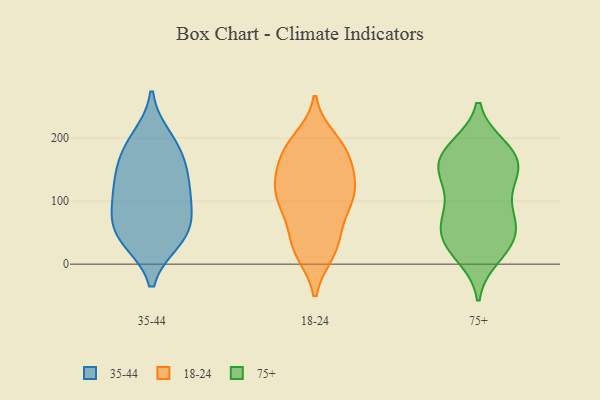
{"axis": {"x": "Churn Rate (%)", "y": "Value"}, "legend": ["18-24", "35-44", "75+"], "data": [{"x": "", "y": 100, "type": "35-44"}, {"x": "", "y": 73, "type": "35-44"}, {"x": "", "y": 144, "type": "35-44"}, {"x": "", "y": 38, "type": "35-44"}, {"x": "", "y": 123, "type": "35-44"}, {"x": "", "y": 171, "type": "35-44"}, {"x": "", "y": 126, "type": "35-44"}, {"x": "", "y": 38, "type": "35-44"}, {"x": "", "y": 48, "type": "35-44"}, {"x": "", "y": 184, "type": "35-44"}, {"x": "", "y": 200, "type": "35-44"}, {"x": "", "y": 74, "type": "35-44"}, {"x": "", "y": 136, "type": "18-24"}, {"x": "", "y": 153, "type": "18-24"}, {"x": "", "y": 183, "type": "18-24"}, {"x": "", "y": 28, "type": "18-24"}, {"x": "", "y": 185, "type": "18-24"}, {"x": "", "y": 60, "type": "18-24"}, {"x": "", "y": 101, "type": "18-24"}, {"x": "", "y": 33, "type": "18-24"}, {"x": "", "y": 95, "type": "18-24"}, {"x": "", "y": 79, "type": "18-24"}, {"x": "", "y": 140, "type": "18-24"}, {"x": "", "y": 18, "type": "18-24"}, {"x": "", "y": 106, "type": "18-24"}, {"x": "", "y": 18, "type": "18-24"}, {"x": "", "y": 198, "type": "18-24"}, {"x": "", "y": 177, "type": "18-24"}, {"x": "", "y": 108, "type": "18-24"}, {"x": "", "y": 185, "type": "18-24"}, {"x": "", "y": 116, "type": "18-24"}, {"x": "", "y": 134, "type": "18-24"}, {"x": "", "y": 165, "type": "75+"}, {"x": "", "y": 27, "type": "75+"}, {"x": "", "y": 183, "type": "75+"}, {"x": "", "y": 145, "type": "75+"}, {"x": "", "y": 72, "type": "75+"}, {"x": "", "y": 31, "type": "75+"}, {"x": "", "y": 79, "type": "75+"}, {"x": "", "y": 179, "type": "75+"}, {"x": "", "y": 30, "type": "75+"}, {"x": "", "y": 138, "type": "75+"}, {"x": "", "y": 69, "type": "75+"}, {"x": "", "y": 56, "type": "75+"}, {"x": "", "y": 134, "type": "75+"}, {"x": "", "y": 56, "type": "75+"}, {"x": "", "y": 151, "type": "75+"}, {"x": "", "y": 13, "type": "75+"}, {"x": "", "y": 108, "type": "75+"}, {"x": "", "y": 185, "type": "75+"}, {"x": "", "y": 168, "type": "75+"}]}